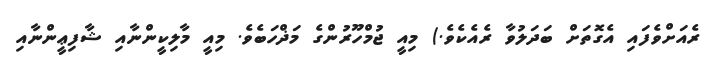
ރެއަށްވެފައި އެގޮތަށް ބަދަލުވާ ރެއެކެވެ.) މިއީ ޖުމްހޫރުންގެ މަޛްހަބެވެ. މިއީ މާލިކީންނާއި ޝާފިޢީންނާއި